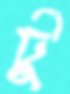
টু